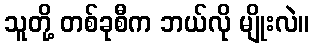
သူတို့ တစ်ခုစီက ဘယ်လို မျိုးလဲ။